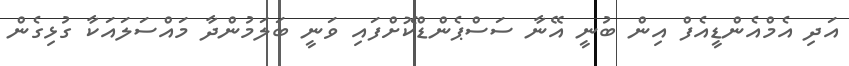
އަދި އެމްއެންޑީއެފް އިން ބުނީ އޭނާ ސަސްޕެންޑްކޮށްފައި ވަނީ ބަލަމުންދާ މައްސަލައަކާ ގުޅިގެން